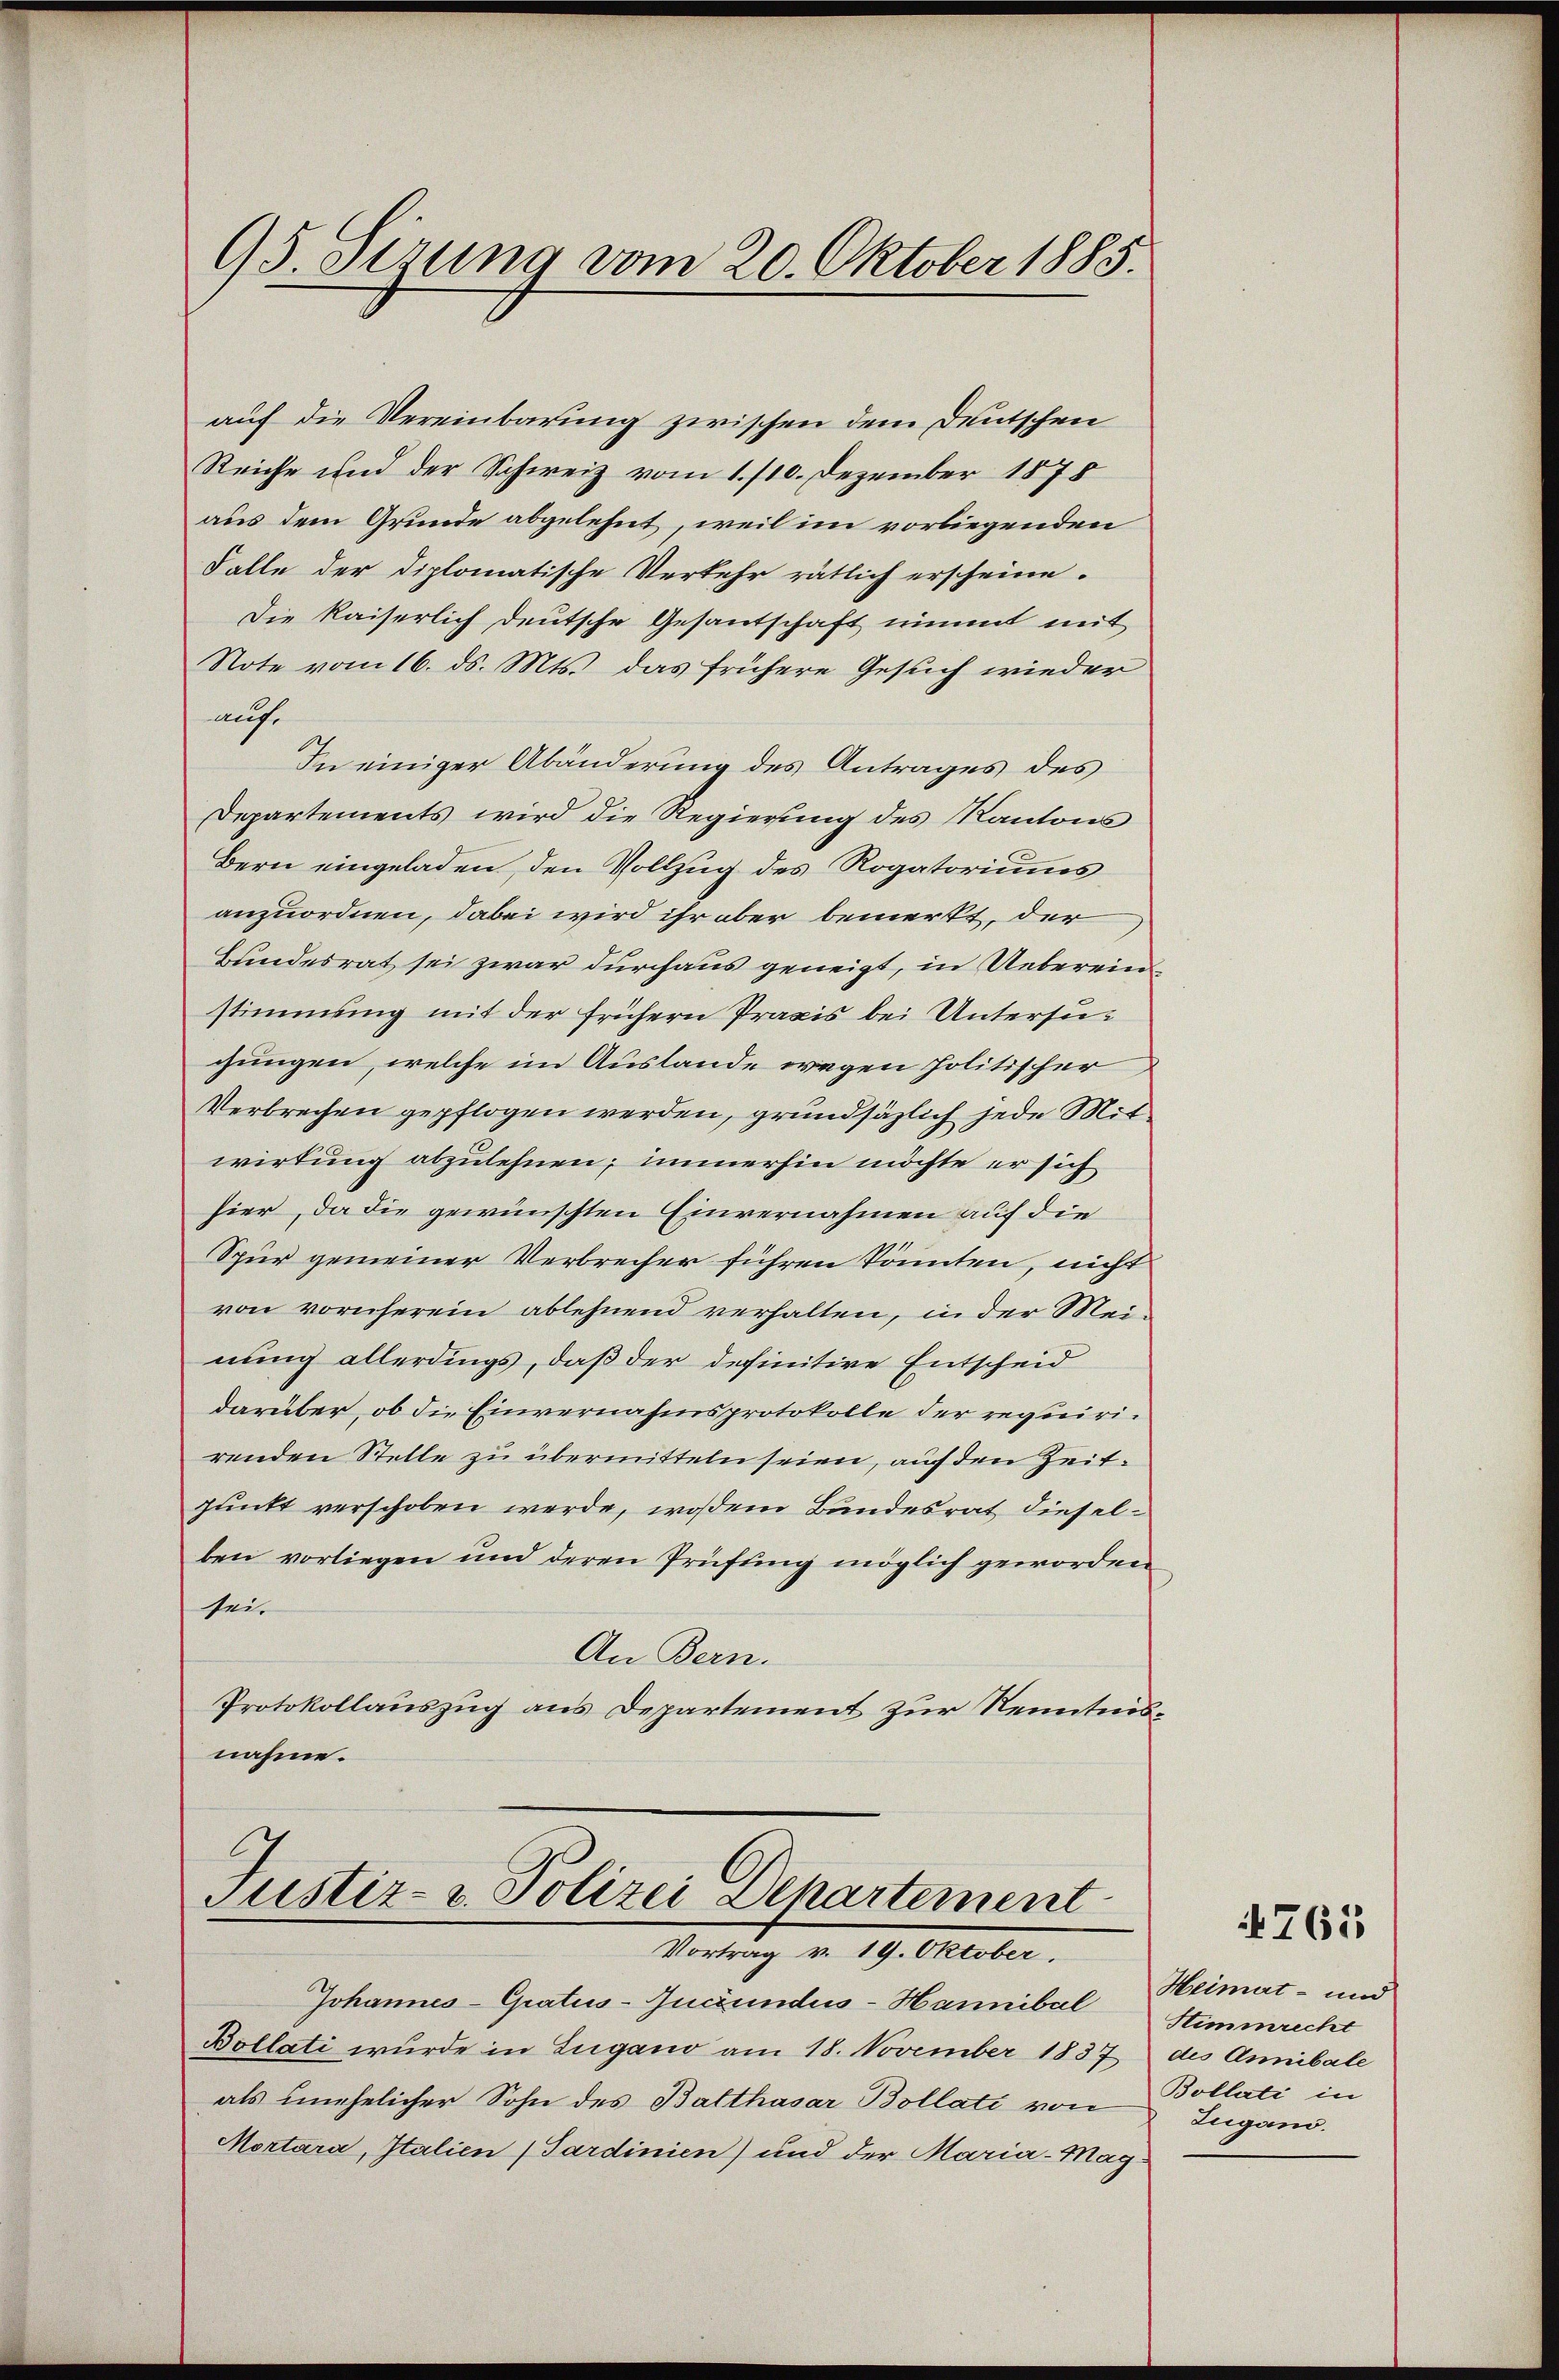
95. Sirung vom 20. Oktober 1885.

auf die Vereinbarung zwischen dem Deutschen
Reiche und der Schweiz vom 1. /10. Dezember 1875
aus dem Grunde abgelehnt, weil im vorliegenden
Falle der diplomatische Verkehr rätlich erscheine.
Die kaiserlich deutsche Gesantschaft nimmt mit
Note vom 16. ds. Mts. das frühere Gesuch wieder
auf.
In einiger Abänderung des Antrages des
Departements wird die Regierung des Kantons
Bern eingeladen, den Vollzug des Rogatoriums
anzuordnen, dabei wird ihr aber bemerkt, der
Bundesrat sei zwar durchaus geneigt, in Uebereinstimmung mit der frühern Praxis bei Untersugungen, welche im Auslande wegen Politischer
Verbrechen gepflogen werden, grundsäzlich jede Mitwirkung abzulehnen; immerhin möchte er sich
hier, da die gewünschten Einvernahmen auf die
Spur gemeiner Verbrecher führen könnten, nicht
von vornherein ablehnend verhalten, in der Meinung allerdings, daß der definitive Entscheid
darüber, ob die Einvernahmsprotokolle der requirirenden Stelle zu übermitteln seien, auf den Zeitpunkt verschoben werde, wosem Bundesrat dieselben vorliegen und deren Prüfung möglich geworden
sei.
An Bern.
Protokollauszug aus Departement zur Kenntnisnahme.

l
Justiz- & Polizei Departement
Vortrag v. 19. Oktober.
Johannes-Gratus-Jucundus-Hannibal

Bollati wurde in Lugano am 18. November 1837 des Annibale
als unehelicher Sohn des Balthasar Bollati von
Mortara, Italien (Sardinien) und der Maria-Mag¬

765

Heimat- und
Stimmrecht
Bollati in
Zugano.